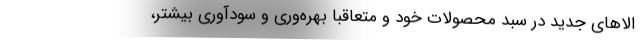
الاهای جدید در سبد محصولات خود و متعاقبا بهره‌وری و سودآوری بیشتر،